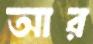
আর